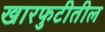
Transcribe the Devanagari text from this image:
खारफुटीतील